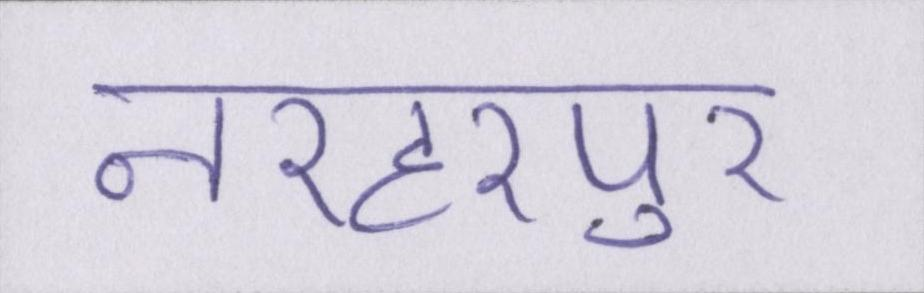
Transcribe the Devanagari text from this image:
नरहरपुर